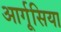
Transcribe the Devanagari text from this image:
आर्गूसिया